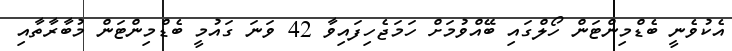
އެކުވެނީ ބެޑްމިންޓަން ހޯލްގައި ބޭއްވުމަށް ހަމަޖެހިފައިވާ 42 ވަނަ ގައުމީ ބެޑްމިންޓަން މުބާރާތާއި